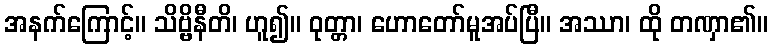
အနက်ကြောင့်။ သိဗ္ဗိနီတိ၊ ဟူ၍။ ဝုတ္တာ၊ ဟောတော်မူအပ်ပြီ။ အဿာ၊ ထို တဏှာ၏။